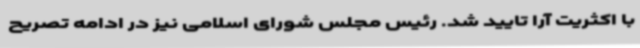
با اکثریت آرا تایید شد. رئیس مجلس شورای اسلامی نیز در ادامه تصریح